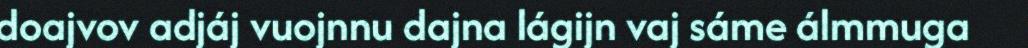
doajvov adjáj vuojnnu dajna lágijn vaj sáme álmmuga